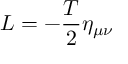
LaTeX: L = - \frac T 2 \eta _ { \mu \nu }